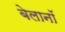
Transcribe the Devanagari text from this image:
बेलानॉ